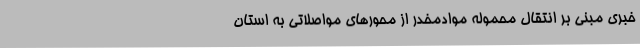
خبری مبنی بر انتقال محموله موادمخدر از محورهای مواصلاتی به استان